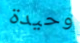
وحيدة